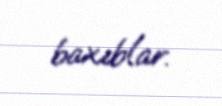
baxıblar.